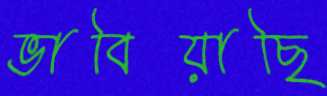
ভাবিয়াছি